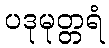
ပဒုမုတ္တရံ